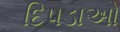
દિપડાઓ